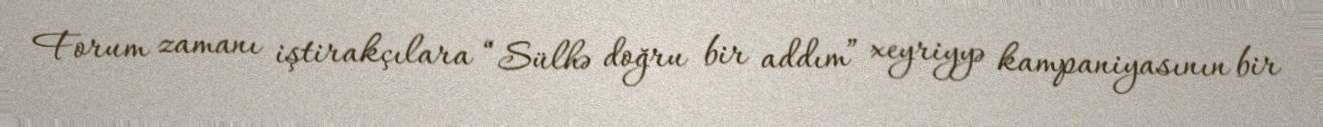
Forum zamanı iştirakçılara “Sülhə doğru bir addım” xeyriyyə kampaniyasının bir